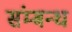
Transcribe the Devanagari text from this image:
संम्बन्ध